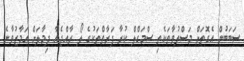
ސަބަބުން އެގޮތަށް މަސްތުވާތަކެތި ސްމަގްލް ކުރާ ފަރާތްތަކުގެ ލޯ ރާއްޖެއާ ދިމާލަށް އަމާޒުވާނެ